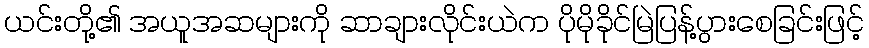
ယင်းတို့၏ အယူအဆများကို ဆာချားလိုင်းယဲက ပိုမိုခိုင်မြဲပြန့်ပွားစေခြင်းဖြင့်